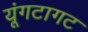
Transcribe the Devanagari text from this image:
यूंगटागट